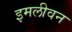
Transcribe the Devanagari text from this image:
इमलीवन